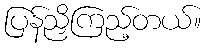
ပြန်ညှိကြည့်တယ်။